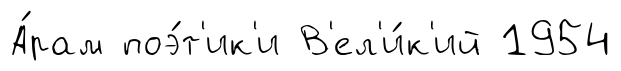
А́рам поэ́т'ик'и В'ел'и́к'ий 1954